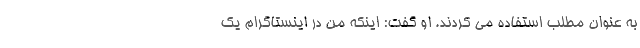
به عنوان مطلب استفاده می کردند. او گفت: اینکه من در اینستاگرام یک